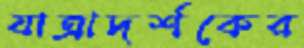
যাত্রাদর্শকের